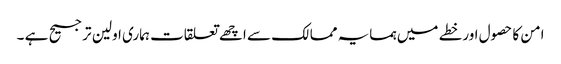
امن کا حصول اورخطے میں ہمسایہ ممالک سے اچھے تعلقات ہماری اولین ترجیح ہے ۔